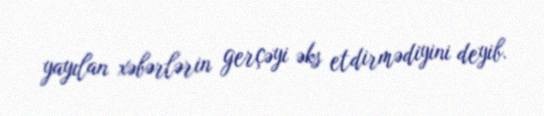
yayılan xəbərlərin gerçəyi əks etdirmədiyini deyib.